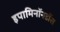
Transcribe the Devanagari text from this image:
इपामिनॉनडॉस